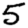
Digit: 5